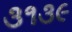
૩૧૩૯